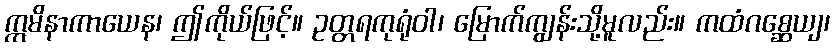
ဣမိနာကာယေန၊ ဤကိုယ်ဖြင့်။ ဥတ္တရကုရုံဝါ၊ မြောက်ကျွန်းသို့မူလည်း။ ကထံဂစ္ဆေယျ၊